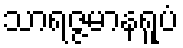
သာရဇ္ဇမာနရူပံ